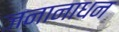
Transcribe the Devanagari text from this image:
जनानाधन